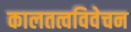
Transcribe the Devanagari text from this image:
कालतत्वविवेचन